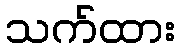
သက်ထား